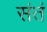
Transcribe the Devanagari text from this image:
संतं